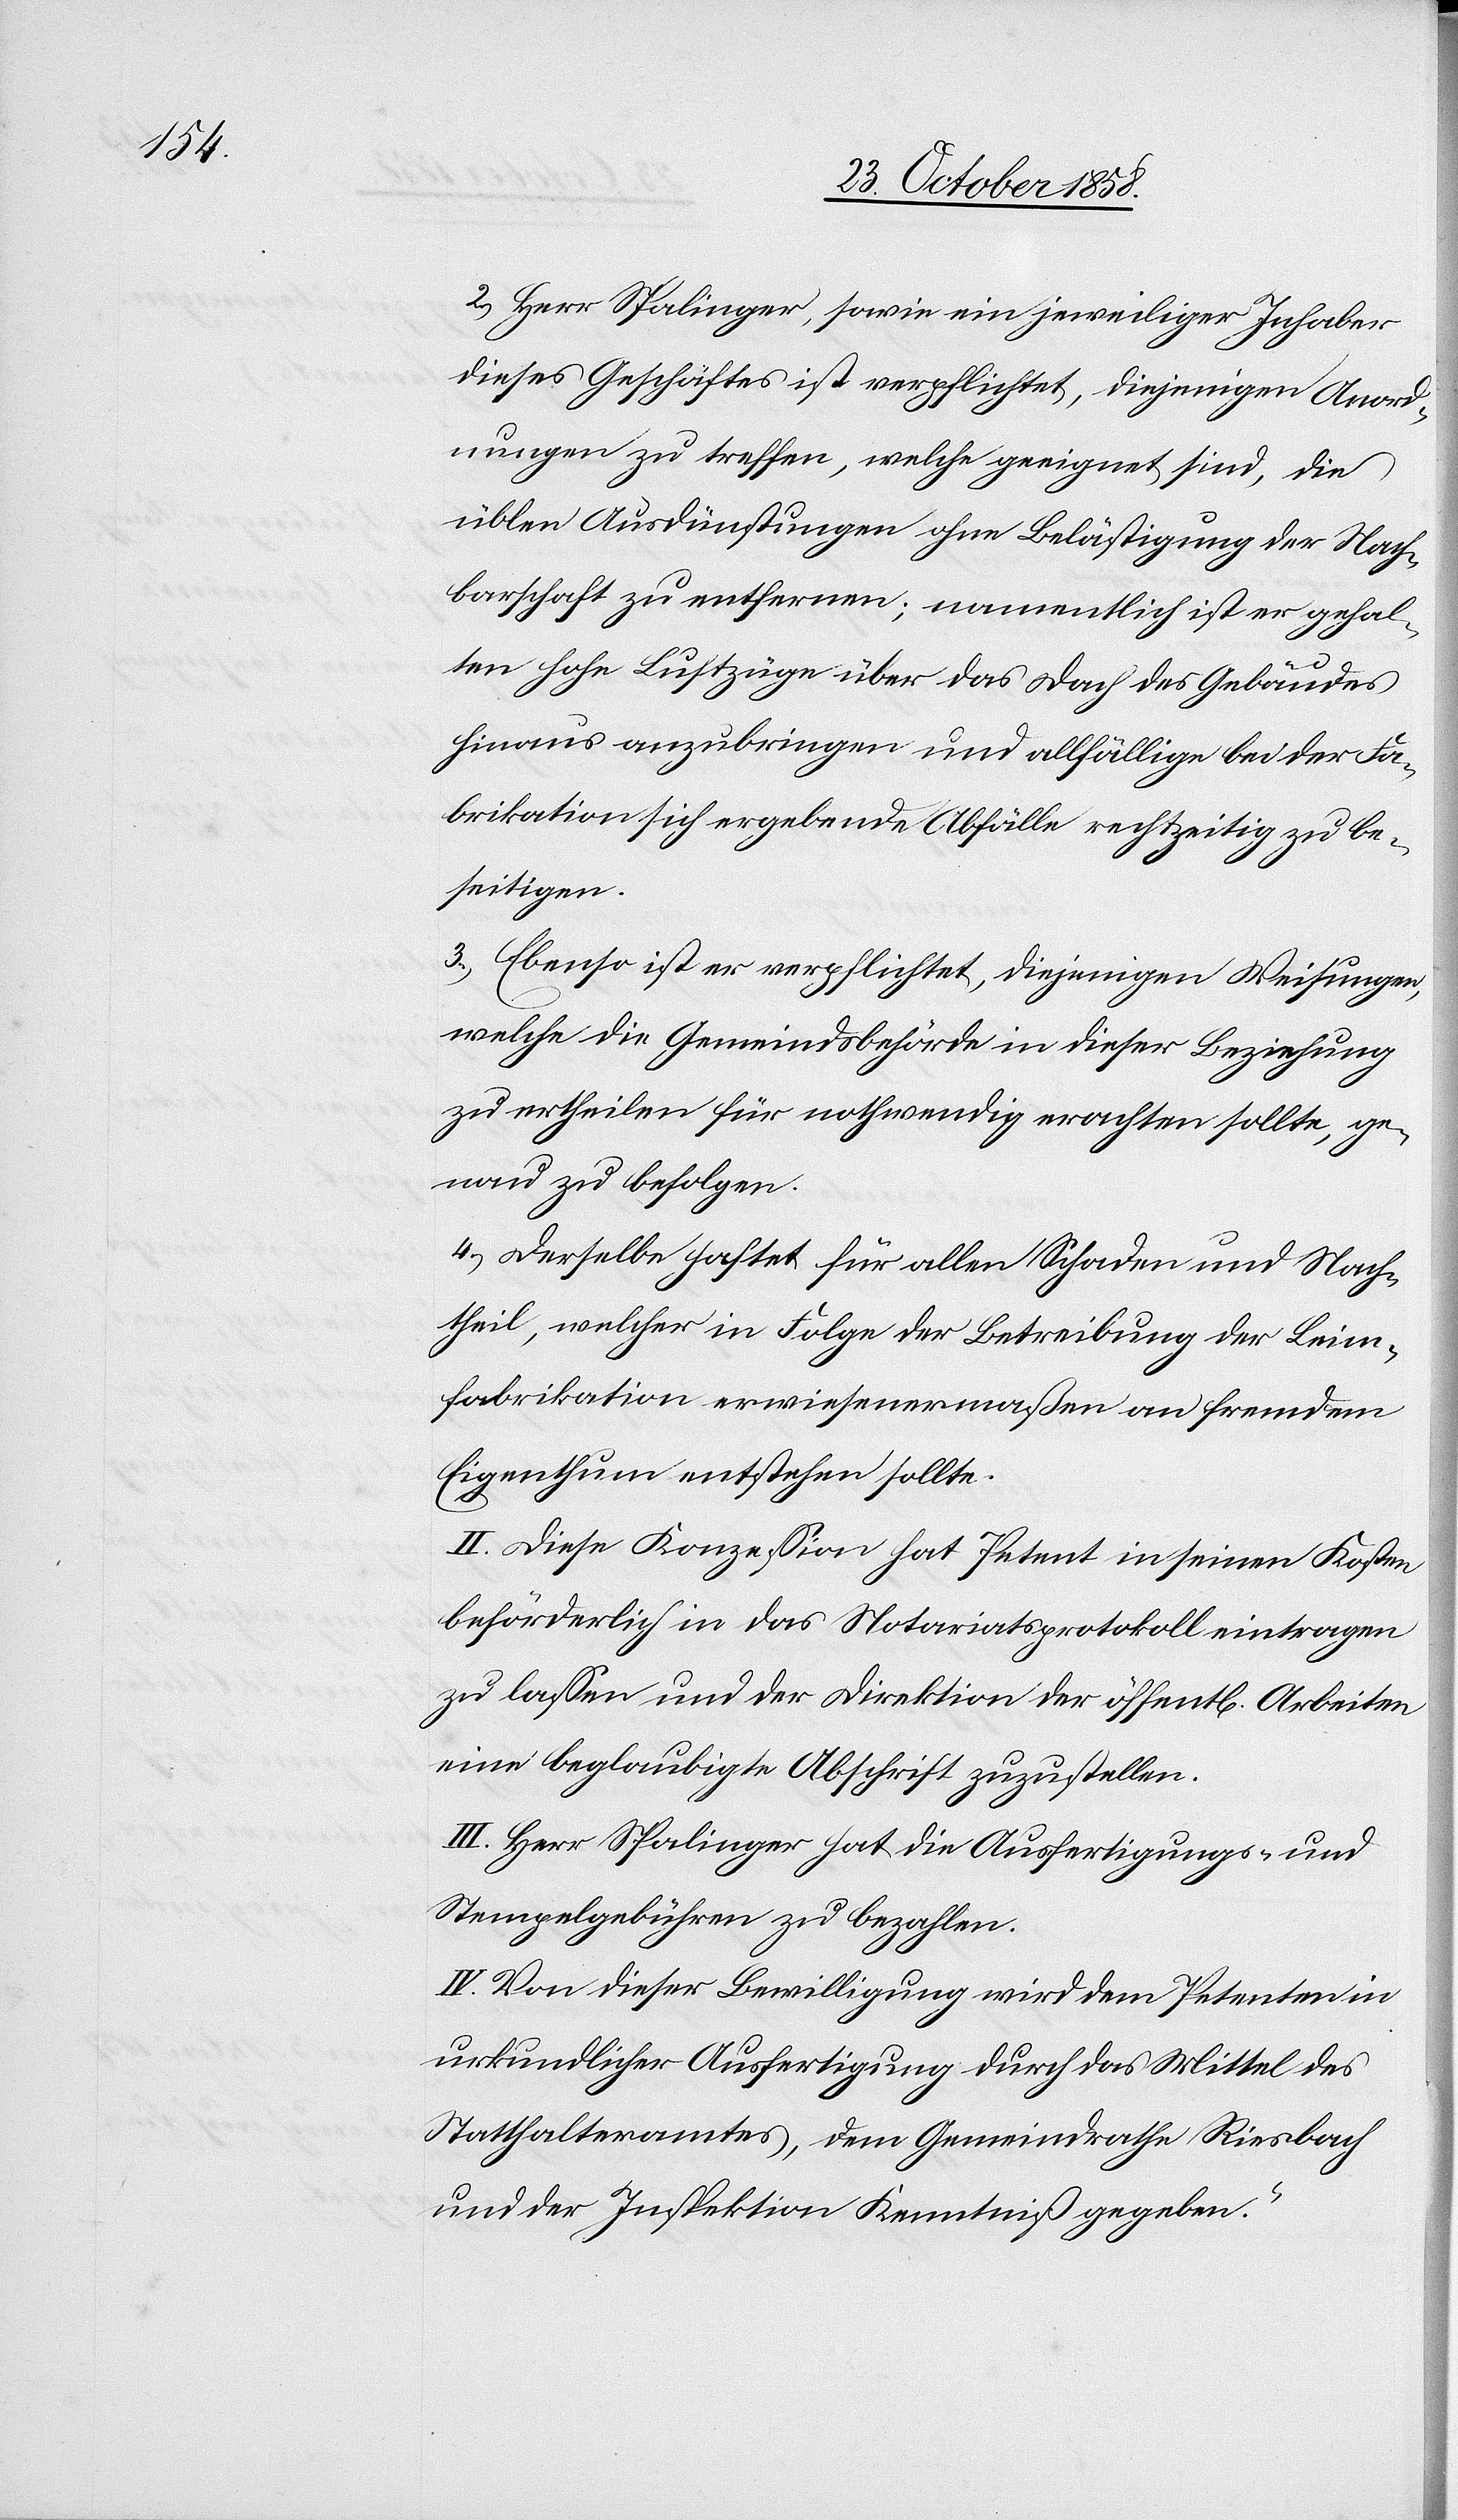
2.) Herr Spalinger, sowie ein jeweiliger Inhaber
dieses Geschäftes ist verpflichtet, diejenigen Anord¬
nungen zu treffen, welche geeignet sind, die
üblen Ausdünstungen ohne Belästigung der Nach¬
barschaft zu entfernen; namentlich ist er gehal¬
ten hohe Luftzüge über das Dach des Gebäudes
hinaus anzubringen und allfällige bei der Fa¬
brikation sich ergebende Abfälle rechtzeitig zu be¬
seitigen.
3.) Ebenso ist er verpflichtet, diejenigen Weisungen,
welche die Gemeindsbehörde in dieser Beziehung
zu ertheilen für nothwendig erachten sollte, ge¬
nau zu befolgen.
4.) Derselbe haftet für allen Schaden und Nach¬
theil, welcher in Folge der Betreibung der Leim¬
fabrikation erwiesenermaßen an fremdem
Eigenthum entstehen sollte.
II. Diese Konzession hat Petent in seinen Kosten
beförderlich in das Notariatsprotokoll eintragen
zu lassen und der Direktion der öffentl[ichen] Arbeiten
eine beglaubigte Abschrift zuzustellen.
III. Herr Spalinger hat die Ausfertigungs- und
Stempelgebühren zu bezahlen.
IV. Von dieser Bewilligung wird dem Petenten in
urkundlicher Ausfertigung durch das Mittel des
Statthalteramtes, dem Gemeindrathe Riesbach
und der Inspektion Kenntniß gegeben.“